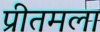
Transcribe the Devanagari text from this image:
प्रीतमला